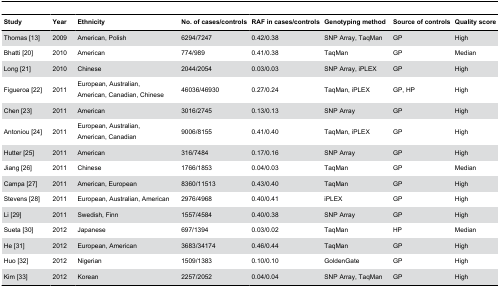
| Study | Year | Ethnicity | No. of cases/controls | RAF in cases/controls | Genotyping method | Source of controls | Quality score |
 | --- | --- | --- | --- | --- | --- | --- | --- |
 | Thomas [13] | 2009 | American, Polish | 6294/7247 | 0.42/0.38 | SNP Array, TaqMan | GP | High |
 | Bhatti [20] | 2010 | American | 774/989 | 0.41/0.38 | TaqMan | GP | Median |
 | Long [21] | 2010 | Chinese | 2044/2054 | 0.03/0.03 | SNP Array, iPLEX | GP | High |
 | Figueroa [22] | 2011 | European, Australian, American, Canadian, Chinese | 46036/46930 | 0.27/0.24 | TaqMan, iPLEX | GP, HP | High |
 | Chen [23] | 2011 | American | 3016/2745 | 0.13/0.13 | SNP Array | GP | High |
 | Antoniou [24] | 2011 | European, Australian, American, Canadian | 9006/8155 | 0.41/0.40 | TaqMan, iPLEX | GP | High |
 | Hutter [25] | 2011 | American | 316/7484 | 0.17/0.16 | SNP Array | GP | High |
 | Jiang [26] | 2011 | Chinese | 1766/1853 | 0.04/0.03 | TaqMan | GP | Median |
 | Campa [27] | 2011 | American, European | 8360/11513 | 0.43/0.40 | TaqMan | GP | High |
 | Stevens [28] | 2011 | European, Australian, American | 2976/4968 | 0.40/0.41 | iPLEX | GP | High |
 | Li [29] | 2011 | Swedish, Finn | 1557/4584 | 0.40/0.38 | SNP Array | GP | High |
 | Sueta [30] | 2012 | Japanese | 697/1394 | 0.03/0.02 | TaqMan | HP | Median |
 | He [31] | 2012 | European, American | 3683/34174 | 0.46/0.44 | TaqMan | GP | High |
 | Huo [32] | 2012 | Nigerian | 1509/1383 | 0.10/0.10 | GoldenGate | GP | High |
 | Kim [33] | 2012 | Korean | 2257/2052 | 0.04/0.04 | SNP Array, TaqMan | GP | High |